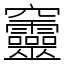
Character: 𥩔